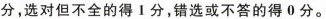
分，选对但不全的得 1 分，错选或不答的得 0 分。